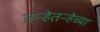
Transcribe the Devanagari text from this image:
तऱ्हेतऱ्हेच्या